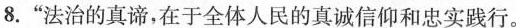
8.”法治的真谛，在于全体人民的真诚信仰和忠实践行。